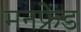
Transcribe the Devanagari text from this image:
मनफ्रेड